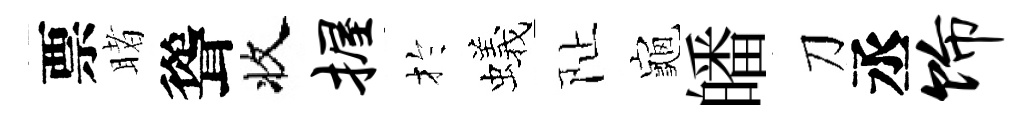
票睹聳收握扵蟻阯龜皤刀丞饰